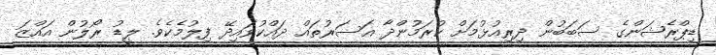
ޑިޕްރެޝަންގެ ސަބަބުން ދިރިއުޅުމަށް ކުރަމުންދާ އަސަރުތައް ދައްކުވައިދޭ ފިލުމެކެވެ. ލީޑު ރޯލުން އައްޒަ